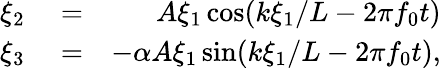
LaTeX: \begin{array}{rlr}{\xi_{2}}&{{}=}&{A\xi_{1}\cos(k\xi_{1}/L-2\pi f_{0}t)}\\ {\xi_{3}}&{{}=}&{-\alpha A\xi_{1}\sin(k\xi_{1}/L-2\pi f_{0}t),}\end{array}